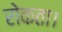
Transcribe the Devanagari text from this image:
रोकता।